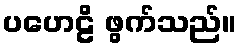
ပဟေဠိ ဖွက်သည်။